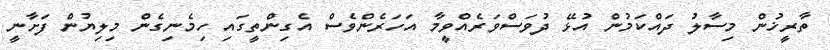
ތާރީޚުން މިސާލު ދައްކަމުން އުޅޭ ދުވަސްވަރެއްވީމާ އަހަރެންވެސް އެގިންތީގައި ހިމެނިގެން މިލިޔުން ފަށާނީ